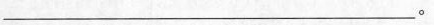
______。